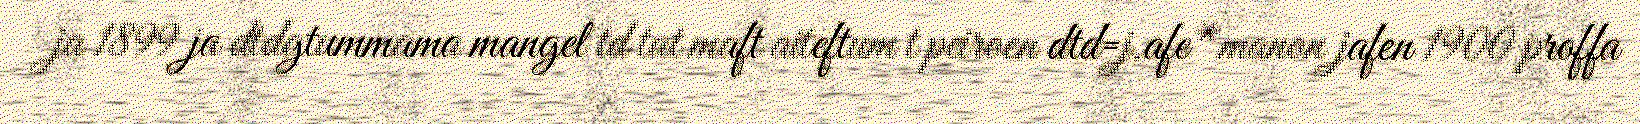
ja 1899 ja dtdgtummama mangel td tat maft aiteftum t peiroen dtd=j.afe*manon jafen 1900 proffa